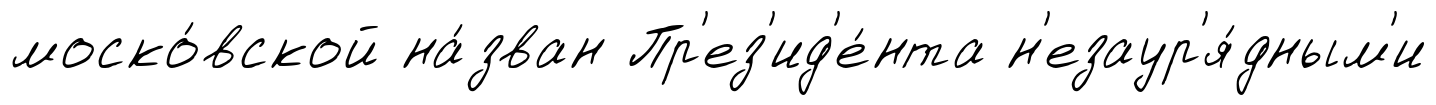
моско́вской на́зван Пр'ез'ид'е́нта н'езаур'я́дным'и